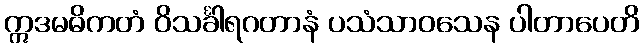
ဣဒမဓိကတံ ဝိသင်္ခါရဂတာနံ ပသံသာဝသေန ပါတာပေတိ